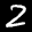
Label: 2